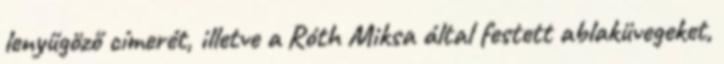
lenyűgöző címerét, illetve a Róth Miksa által festett ablaküvegeket,